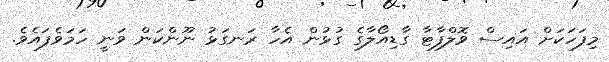
މިފަހަކަށް އައިސް ވޮލްފާޓާ ގާޑިއޯލާގެ ގުޅުން އެހާ ރަނގަޅު ނޫންކަން ވަނީ ހަމަވެފައެވެ.